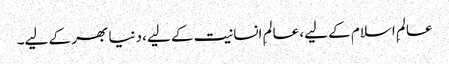
عالمِ اسلام کے لیے، عالمِ انسانیت کے لیے، دنیا بھر کے لیے۔